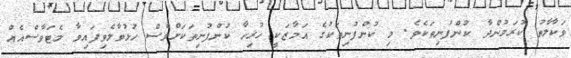
ވަކާލާތު ކުރަމުންދާ ކުންފުނިތަކެވެ. މި ކުންފުނިތަކުގެ އަމާޒަކީ ހުރިހާ ކުންފުނިތަކަށްވެސް ހުޅުވާލެވިފައިވާ މެޓަވާސްއެއް